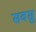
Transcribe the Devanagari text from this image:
सवसु